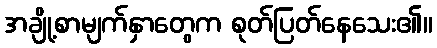
အချို့စာမျက်နှာတွေက စုတ်ပြတ်နေသေး၏။